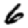
Digit: 6